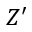
Z ^ { \prime }